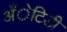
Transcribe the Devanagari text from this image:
अँेटिडी